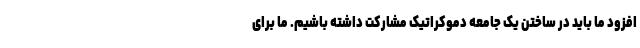
افزود ما باید در ساختن یک جامعه دموکراتیک مشارکت داشته باشیم. ما برای